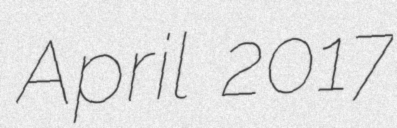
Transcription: April 2017